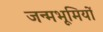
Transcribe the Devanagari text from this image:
जन्मभूमियों